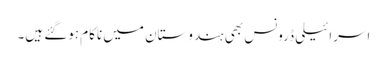
اسرائیلی ڈرونس بھی ہندوستان میں ناکام ہوگئے ہیں۔